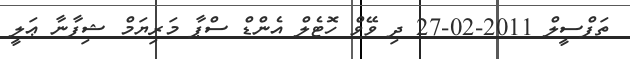
ތަފްސީލް 2011-02-27 ދި ވޭވް ހޮޓެލް އެންޑް ސްޕާ މަރިޔަމް ޝިފާނާ ޢަލީ